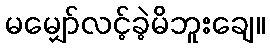
မမျှော်လင့်ခဲ့မိဘူးချေ။